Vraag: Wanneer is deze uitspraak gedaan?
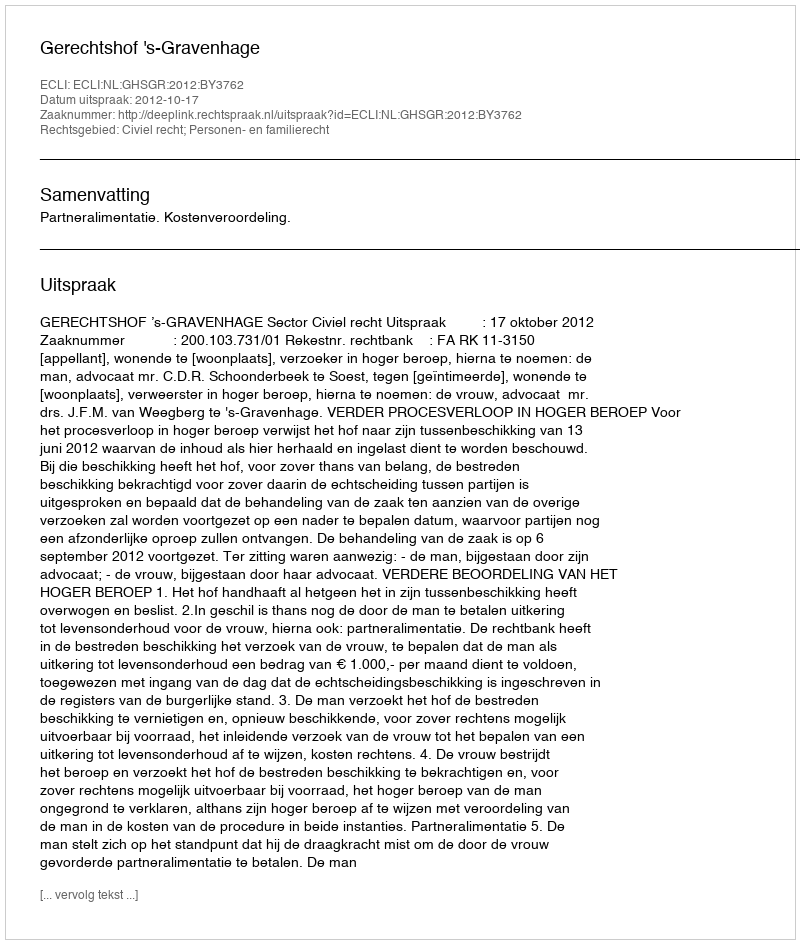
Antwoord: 2012-10-17